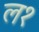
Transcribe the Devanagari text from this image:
ल१